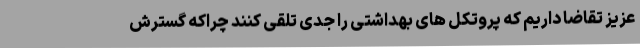
عزیز تقاضا داریم که پروتکل های بهداشتی را جدی تلقی کنند چراکه گسترش